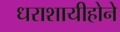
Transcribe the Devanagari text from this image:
धराशायीहोने